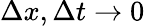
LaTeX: \Delta x,\Delta t\rightarrow 0